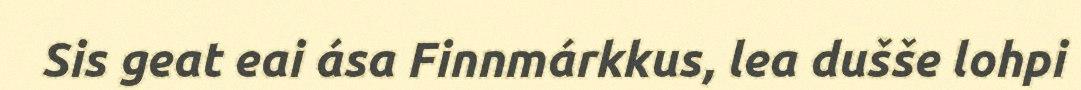
Sis geat eai ása Finnmárkkus, lea dušše lohpi